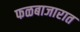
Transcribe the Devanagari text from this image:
फळबाजारात